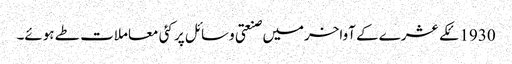
1930ئکے عشرے کے آواخرمیں صنعتی وسائل پر کئی معاملات طے ہوئے۔